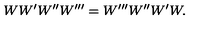
W W ^ { \prime } W ^ { \prime \prime } W ^ { \prime \prime \prime } = W ^ { \prime \prime \prime } W ^ { \prime \prime } W ^ { \prime } W .